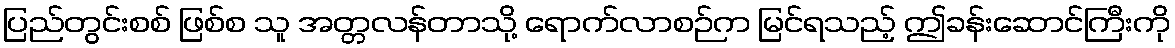
ပြည်တွင်းစစ် ဖြစ်စ သူ အတ္တလန်တာသို့ ရောက်လာစဉ်က မြင်ရသည့် ဤခန်းဆောင်ကြီးကို